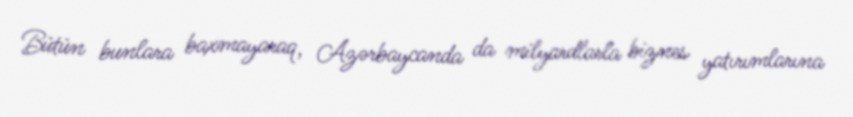
Bütün bunlara baxmayaraq, Azərbaycanda da milyardlarla biznes yatırımlarına